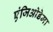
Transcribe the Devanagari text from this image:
एंजिओडेमा